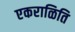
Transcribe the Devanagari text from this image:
एकराळिति